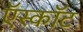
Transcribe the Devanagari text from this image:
ऍस्कॉट